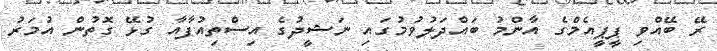
ރޭ ބޭއްވި ޕީޕީއެމްގެ އާންމު ބައްދަލުވުމުގައި ނަޝީދުގެ އިސްތިއުފާއާ ގުޅޭ ގޮތުން އުމަރު